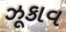
ઝૂકાવ